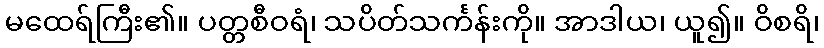
မထေရ်ကြီး၏။ ပတ္တစီဝရံ၊ သပိတ်သင်္ကန်းကို။ အာဒါယ၊ ယူ၍။ ဝိစရိ၊